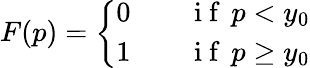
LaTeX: F(p)=\left\{ \begin{array}{ll}{0\qquad\mathrm{~i~f~}\, p<y_{0}}\\ {1\qquad\mathrm{~i~f~}\, p\geq y_{0}}\end{array}\right.